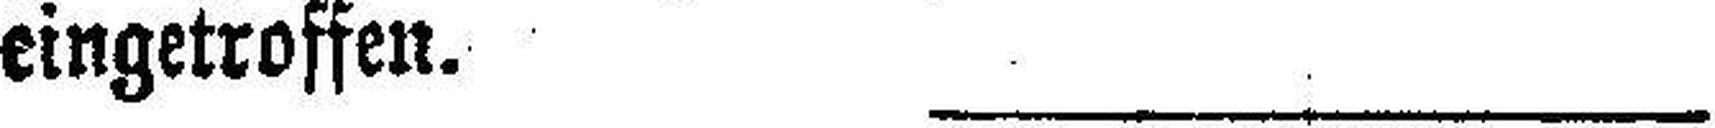
eingetroffen.